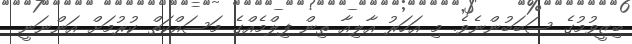
ބިޒީވުމުގެ ސަބަބުންނެވެ. މި އަހަރު އާލިއާ ތިން ފިލްމެއްގެ މަސައްކަތް ކުރުމަށް އަންނަނީ